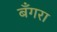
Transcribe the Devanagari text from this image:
बँगरा